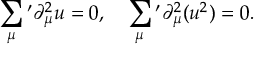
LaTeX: \sum _ { \mu } { } ^ { \prime } \partial _ { \mu } ^ { 2 } u = 0 , \quad \sum _ { \mu } { } ^ { \prime } \partial _ { \mu } ^ { 2 } ( u ^ { 2 } ) = 0 .